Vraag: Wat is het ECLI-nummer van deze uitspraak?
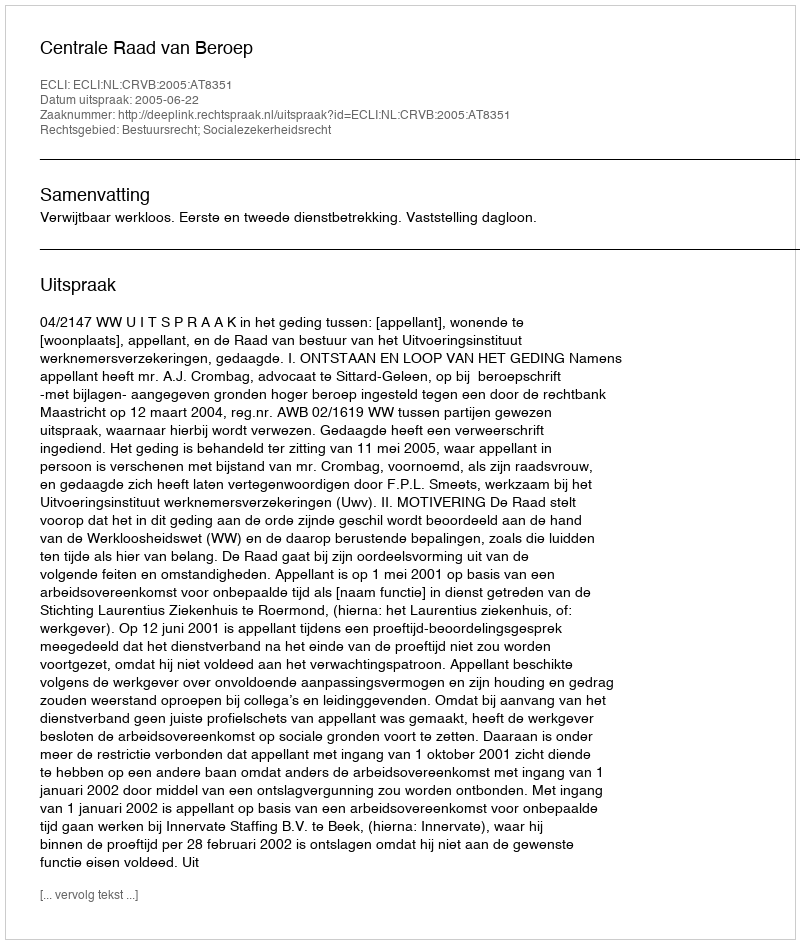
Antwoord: ECLI:NL:CRVB:2005:AT8351